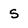
Character: s